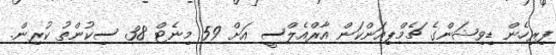
ފިރިހެން ޑިވިޝަންގެ ޗެމްޕިއަންކަން އާރްއެލްސީ އަށް 59 މިނެޓް 38 ސިކުންތު ކުރިން.